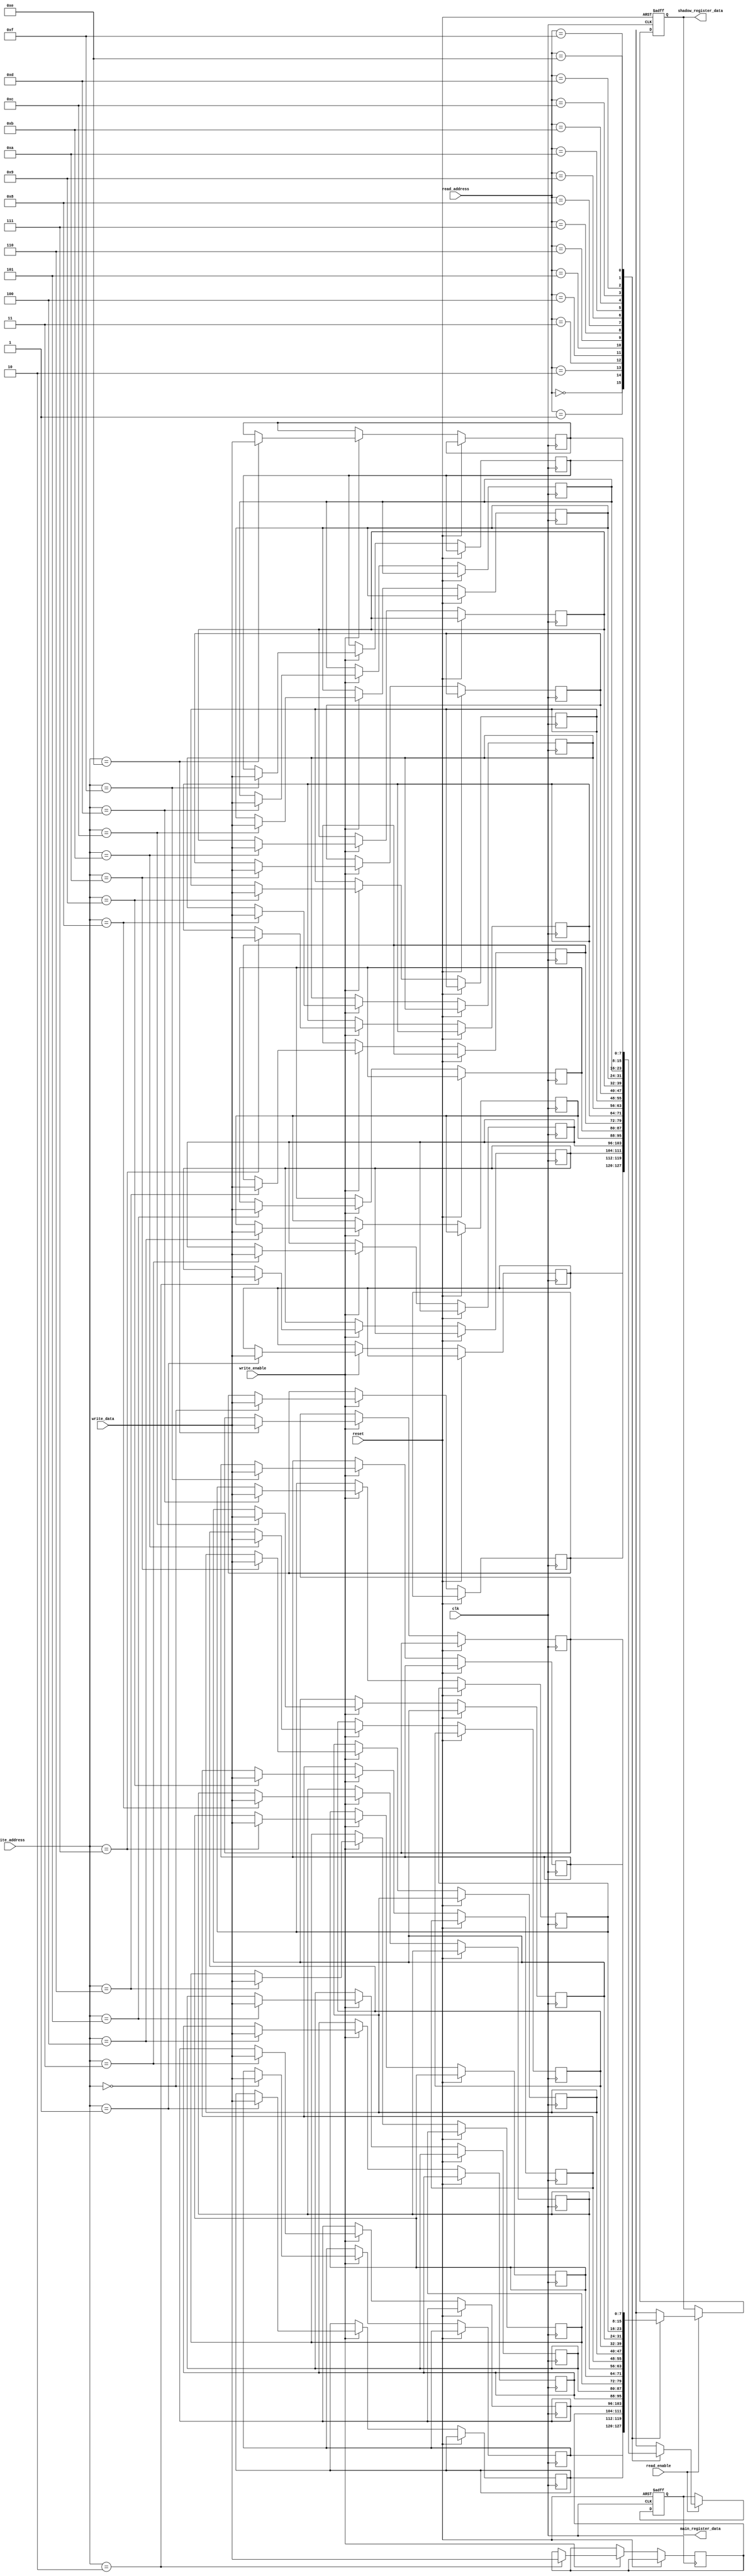
module MemoryBlocksShadowRegisterFile (
    input wire clk,
    input wire reset,
    input wire write_enable,
    input wire [3:0] write_address,
    input wire [7:0] write_data,
    input wire read_enable,
    input wire [3:0] read_address,
    output reg [7:0] main_register_data,
    output reg [7:0] shadow_register_data
);

reg [7:0] main_register_file [0:15]; // Main register file implemented using memory blocks
reg [7:0] shadow_register_file [0:15]; // Shadow register file implemented using memory blocks

always @(posedge clk or posedge reset) begin
    if (reset) begin
        main_register_data <= 8'b0;
        shadow_register_data <= 8'b0;
    end else begin
        if (write_enable) begin
            main_register_file[write_address] <= write_data;
            shadow_register_file[write_address] <= write_data;
        end
        
        if (read_enable) begin
            main_register_data <= main_register_file[read_address];
            shadow_register_data <= shadow_register_file[read_address];
        end
    end
end

endmodule